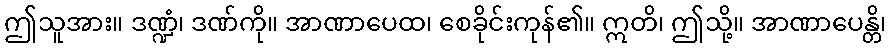
ဤသူအား။ ဒဏ္ဍံ၊ ဒဏ်ကို။ အာဏာပေထ၊ စေခိုင်းကုန်၏။ ဣတိ၊ ဤသို့။ အာဏာပေန္တိ၊